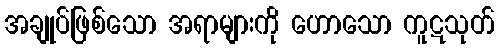
အချုပ်ဖြစ်သော အရာများကို ဟောသော ကူဋသုတ်